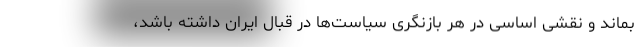
بماند و نقشی اساسی در هر بازنگری سیاست‌ها در قبال ایران داشته باشد،